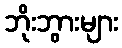
ဘိုးဘွားများ